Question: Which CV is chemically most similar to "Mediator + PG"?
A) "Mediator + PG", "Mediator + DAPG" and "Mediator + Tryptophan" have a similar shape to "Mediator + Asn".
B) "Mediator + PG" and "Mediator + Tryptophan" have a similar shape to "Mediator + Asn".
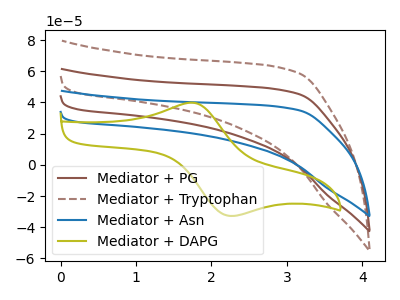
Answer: <think>The brown curve "Mediator + PG" has no peaks. The brown dashed curve "Mediator + Tryptophan" has no peaks. The blue curve "Mediator + Asn" has no peaks. The olive curve "Mediator + DAPG" has an anodic peak at (1.75V, 39.90uA) and a cathodic peak at (2.20V, -32.50uA).
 Neither "Mediator + PG" or "Mediator + Tryptophan" have any peaks. Neither "Mediator + PG" or "Mediator + Asn" have any peaks. "Mediator + PG" and "Mediator + DAPG" have a different number of peaks. Neither "Mediator + Tryptophan" or "Mediator + Asn" have any peaks. "Mediator + Tryptophan" and "Mediator + DAPG" have a different number of peaks. "Mediator + Asn" and "Mediator + DAPG" have a different number of peaks.</think>
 <answer>B) "Mediator + PG" and "Mediator + Tryptophan" have a similar shape to "Mediator + Asn".</answer>
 <eval>B</eval>